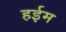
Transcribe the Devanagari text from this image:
हईम